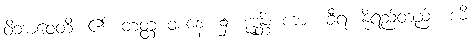
ဝိဘာဝေတိ၊ ၏။ တတ္ထ ဝစနေ၊ ၌။ ဒုဒ္ဓန္တိ၊ ကား။ ခီရံ၊ နို့ရည်တည်း။ ဒဓိ